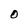
Character: O